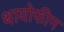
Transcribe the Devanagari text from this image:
थायोफीन